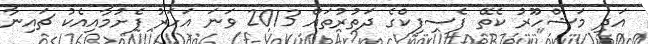
އަދި މަޝްހޫރު ކެތޭ ފެސިފިކްގެ ދަތުރުތައް 2013 ވަނަ އަހަރު ފެށުމާއިއެކު ޗައިނާ